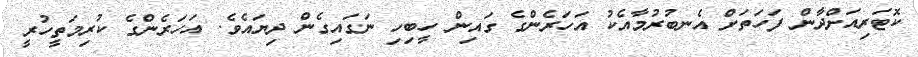
ކޮޓަރިއަށްދާން ފަހަތަށް އެނބުރުމާއެކު އަހަރެންގެ ގައިން ހީބިހި ނަގައިގެން ދިޔައެވެ. އަހަރެންގެ ކުރިމަތީހުރީ